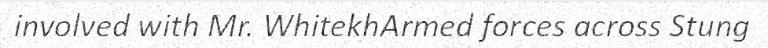
involved with Mr. WhitekhArmed forces across Stung